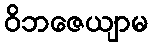
ဝိဘဇေယျာမ